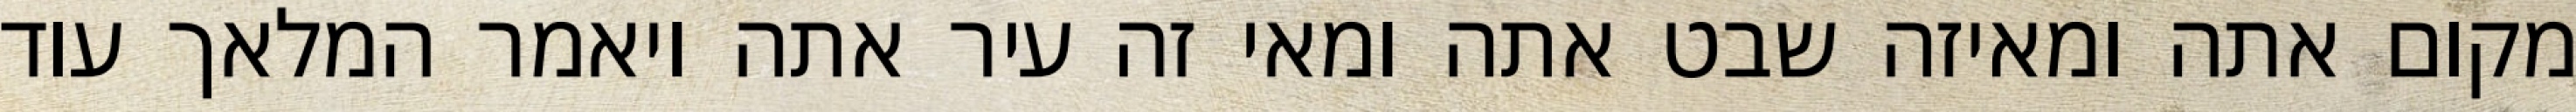
מקום אתה ומאיזה שבט אתה ומאי זה עיר אתה ויאמר המלאך עוד